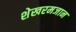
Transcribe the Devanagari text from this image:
शेखरमजान